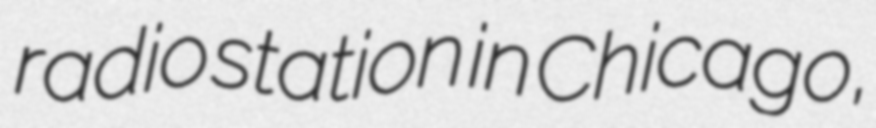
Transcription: radio station in Chicago,